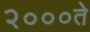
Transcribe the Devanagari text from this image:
२०००ते